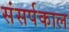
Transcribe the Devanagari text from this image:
संसर्पकाल